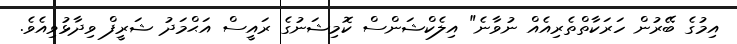
އިމުގެ ބޭރުން ހަރަކާތްތެރިއެއް ނުވާނެ" އިލެކްޝަންސް ކޮމިޝަނުގެ ރައީސް އަޙްމަދު ޝަރީފް ވިދާޅުވިއެވެ.